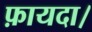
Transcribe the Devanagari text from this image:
फ़ायदा।